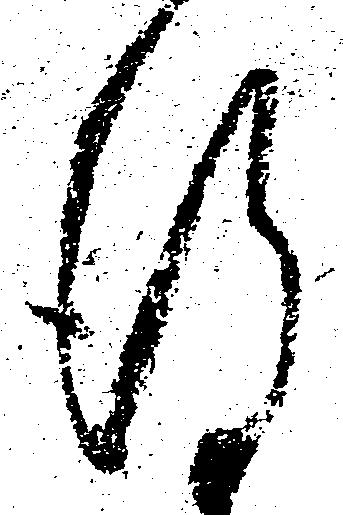
謹